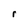
Character: r